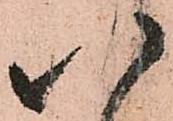
八